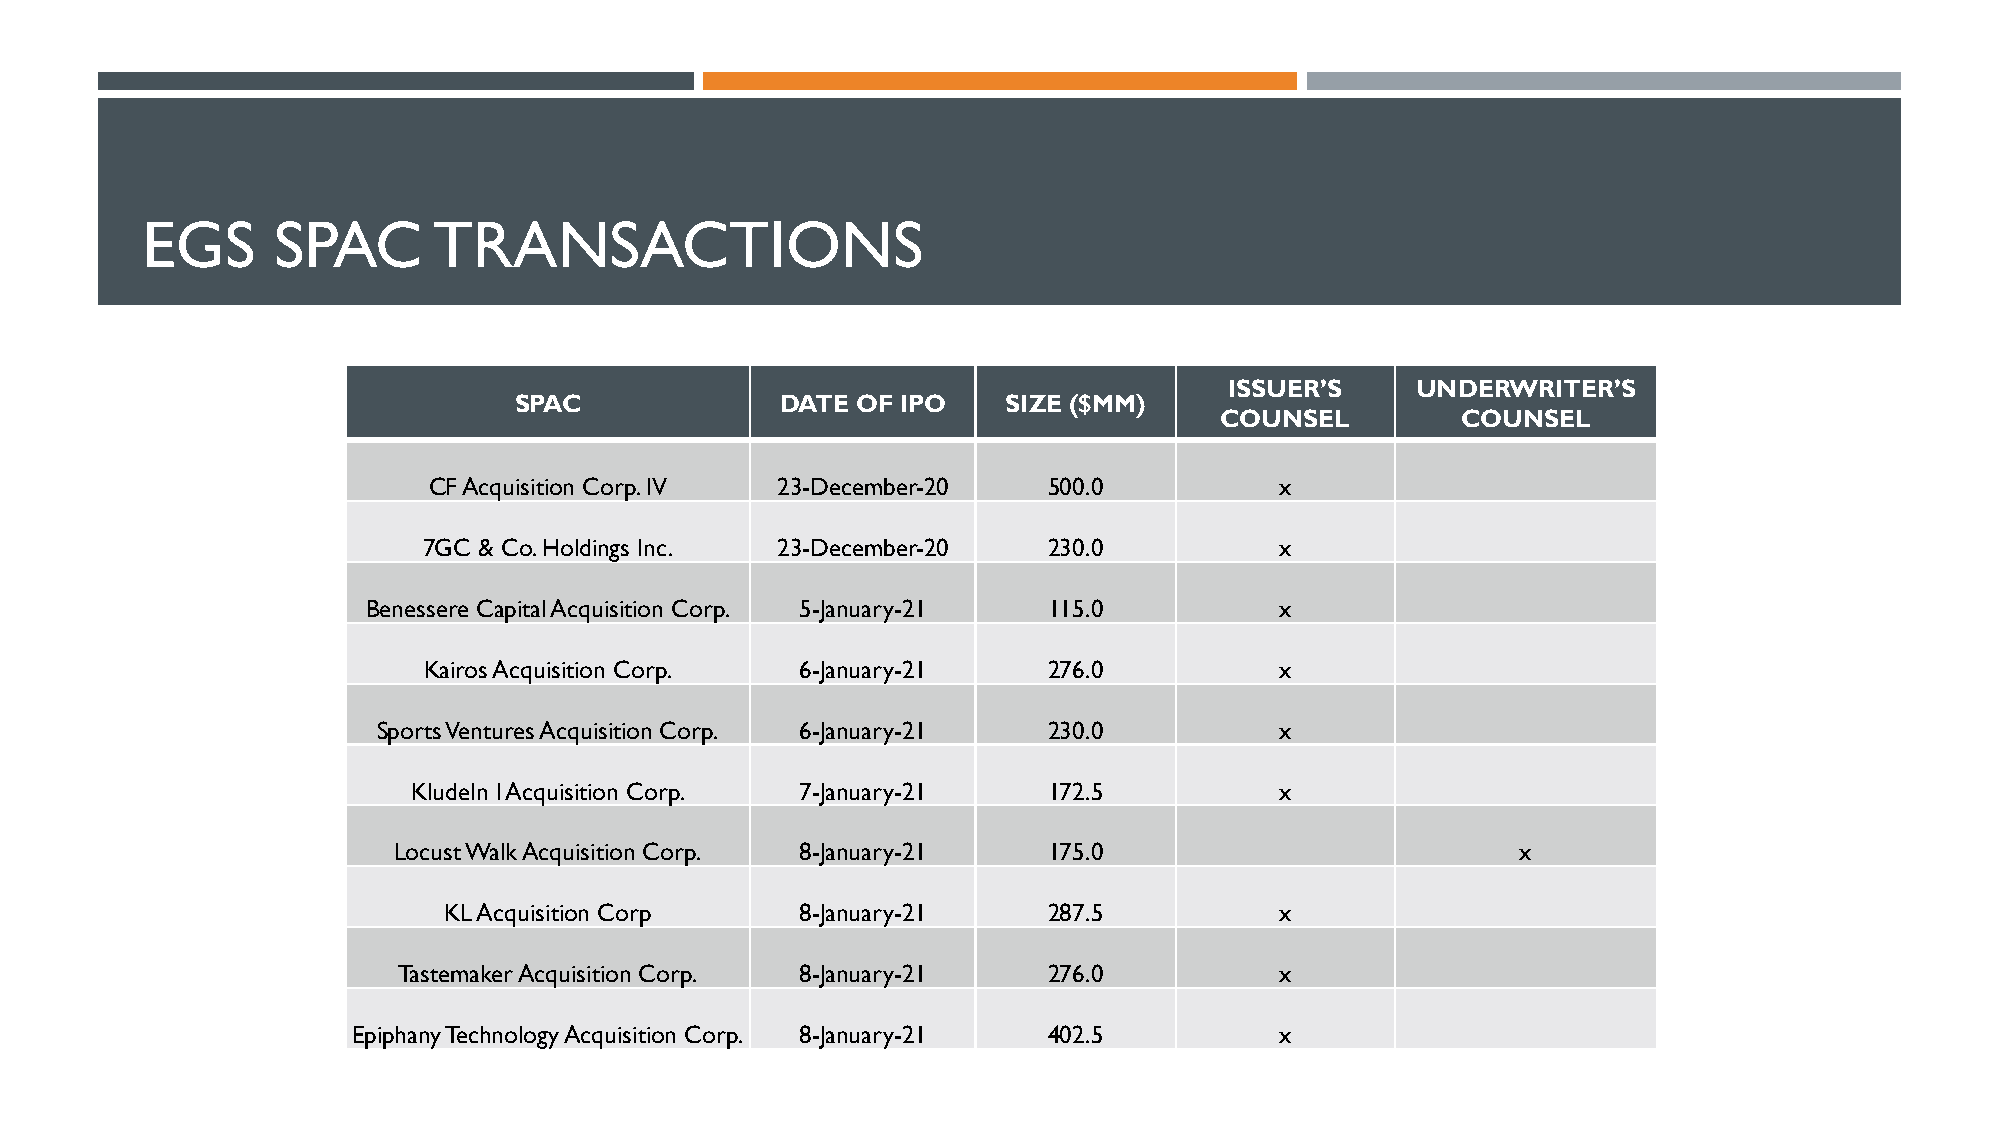
EGS      SPAC       TRANSACTIONS
 ISSUER’S     UNDERWRITER’S
 SPAC              DATE OF IPO    SIZE ($MM)
 COUNSEL         COUNSEL
 CF Acquisition Corp. IV 23-December-20   500.0           x
 7GC & Co. Holdings Inc. 23-December-20   230.0           x
 Benessere Capital Acquisition Corp. 5-January-21 115.0       x
 Kairos Acquisition Corp. 6-January-21    276.0           x
 Sports Ventures Acquisition Corp. 6-January-21 230.0        x
 KludeIn I Acquisition Corp. 7-January-21  172.5           x
 Locust Walk Acquisition Corp. 8-January-21 175.0                           x
 KL Acquisition Corp     8-January-21    287.5           x
 Tastemaker Acquisition Corp. 8-January-21  276.0           x
 Epiphany Technology Acquisition Corp. 8-January-21 402.5      x